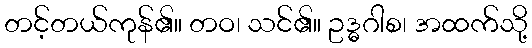
တင့်တယ်ကုန်၏။ တဝ၊ သင်၏။ ဥဒ္ဓဂါစ၊ အထက်သို့